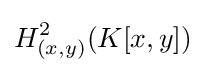
H_{(x,y)}^{2}(K[x,y])